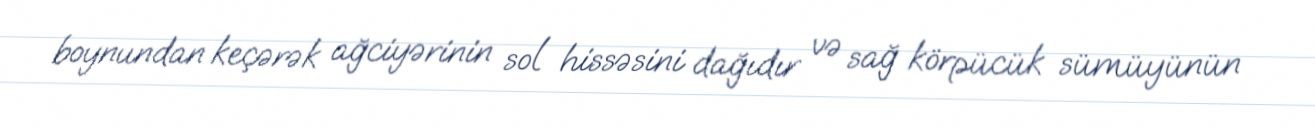
boynundan keçərək ağciyərinin sol hissəsini dağıdır və sağ körpücük sümüyünün